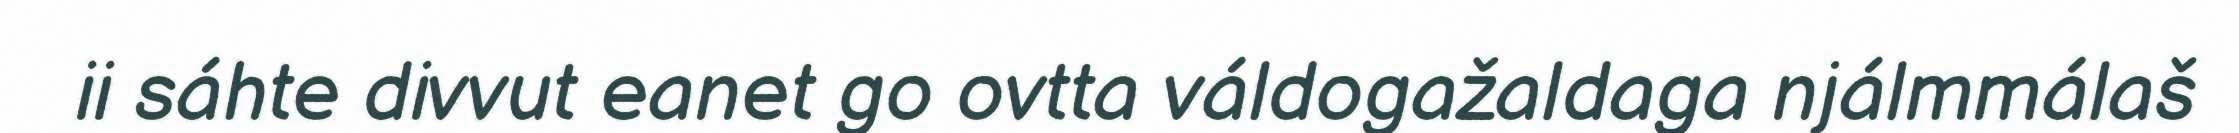
ii sáhte divvut eanet go ovtta váldogažaldaga njálmmálaš